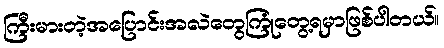
ကြီးမားတဲ့အပြောင်းအလဲတွေကြုံတွေ့ရမှာဖြစ်ပါတယ်။